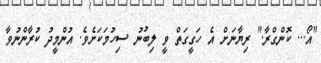
"އޯ... ކޮންގްރާ." ރިޔާނަށް އެ ހަގީގަތް ވީ ލިބުނު ސިހުމަކަށެވެ. އުންމީދު ކުރާންނުވާ